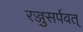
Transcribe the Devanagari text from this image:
रज्जुसर्पवत्‌